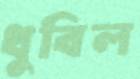
ধুবিল